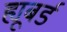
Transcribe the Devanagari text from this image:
ह्यूबर्ड